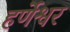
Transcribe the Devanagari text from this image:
हर्णेश्वर